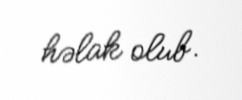
həlak olub.